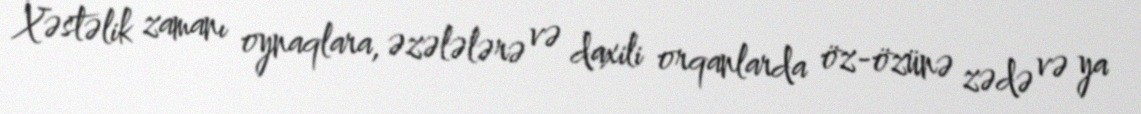
Xəstəlik zamanı oynaqlara, əzələlərə və daxili orqanlarda öz-özünə zədə və ya